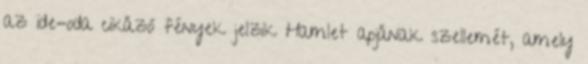
az ide-oda cikázó fények jelzik Hamlet apjának szellemét, amely